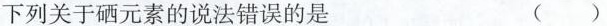
下列关于硒元素的说法错误的是 ( )